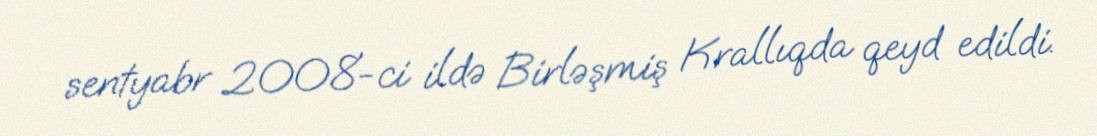
sentyabr 2008-ci ildə Birləşmiş Krallıqda qeyd edildi.